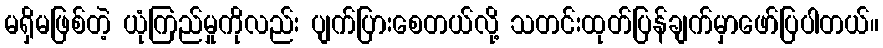
မရှိမဖြစ်တဲ့ ယုံကြည်မှုကိုလည်း ပျက်ပြားစေတယ်လို့ သတင်းထုတ်ပြန်ချက်မှာဖော်ပြပါတယ်။